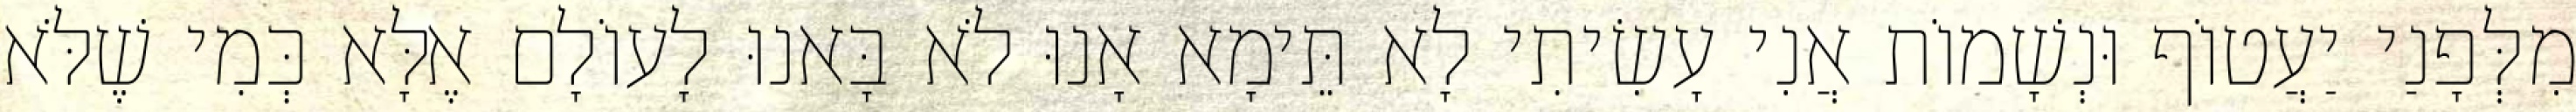
מִלְּפָנַי יַעֲטוֹף וּנְשָׁמוֹת אֲנִי עָשִׂיתִי לָא תֵּימָא אָנוּ לֹא בָּאנוּ לָעוֹלָם אֶלָּא כְּמִי שֶׁלֹּא